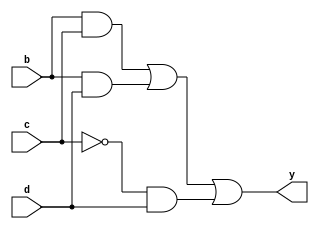
module clb_gj(
	input b,
	input c,
	input d,
	output y
);

	wire f;
	
	assign f = b & c | b & d | ~c & d;
	assign y = f;
	
endmodule